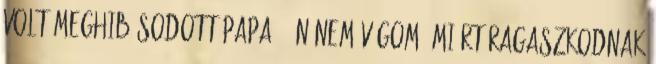
volt meghibásodott papa : Én nem vágom, miért ragaszkodnak